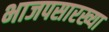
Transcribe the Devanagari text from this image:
भाजपसारख्या